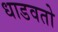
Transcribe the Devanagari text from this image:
धाडवतो